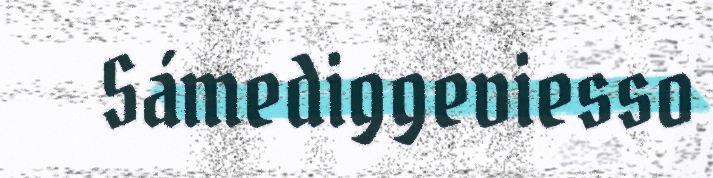
Sámediggeviesso